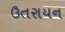
ઉતરાયન